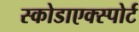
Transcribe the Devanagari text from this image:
स्कोडाएक्स्पोर्ट